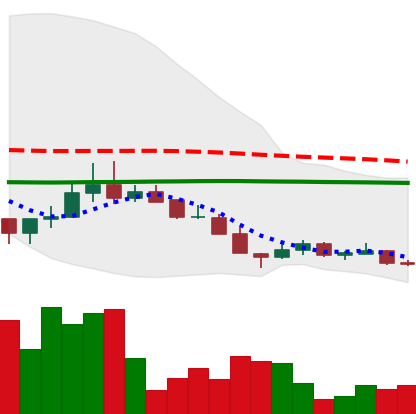
Ticker: LINK-USD
Chart end date: 2018-12-14
Forward return: 46.032%
Label: up_7plus